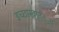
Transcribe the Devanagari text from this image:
इच्छास्वातंत््रय